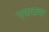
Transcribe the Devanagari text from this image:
एककच